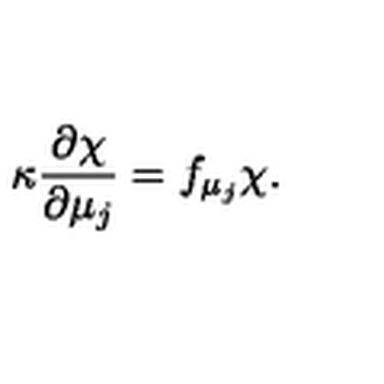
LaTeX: \kappa \frac { \partial \chi } { \partial \mu _ { j } } = f _ { \mu _ { j } } \chi .